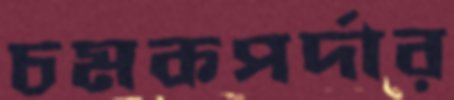
চমকপর্দার